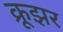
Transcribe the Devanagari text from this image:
क्रूझर